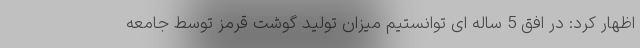
اظهار کرد: در افق 5 ساله ای توانستیم میزان تولید گوشت قرمز توسط جامعه